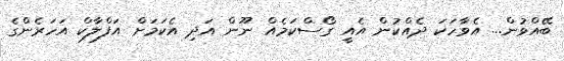
ބޭއްވުން... އެވާހަކަ ދެއްކުން އެއީ ގޯސްކަމެއް ނޫން އަދި އެކަމަށް އަފްލާކް އަހަރެންގެ